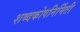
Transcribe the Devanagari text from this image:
शब्दकोषनिर्मिती